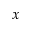
x